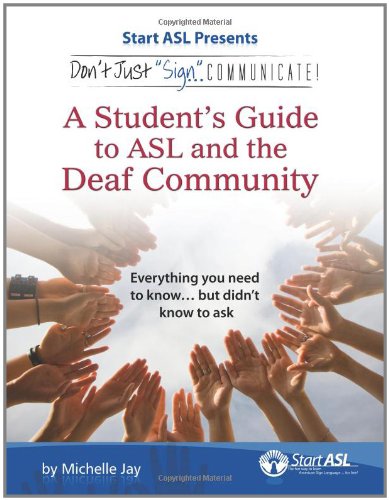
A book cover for Don't Just Sign... Communicate!: A Student's Guide to American Sign Language and the Deaf Community; Michelle Jay; Reference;